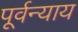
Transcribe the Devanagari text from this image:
पूर्वन्याय